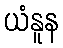
ယံနူန